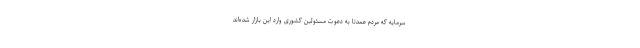
سرمایه که مردم عمدتاً به دعوت مسئولین کشوری وارد این بازار شده‌اند